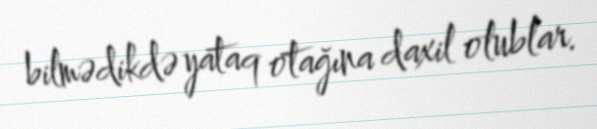
bilmədikdə yataq otağına daxil olublar.